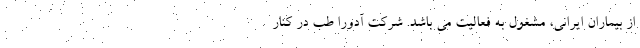
از بیماران ایرانی، مشغول به فعالیت می باشد. شرکت آدورا طب در کنار